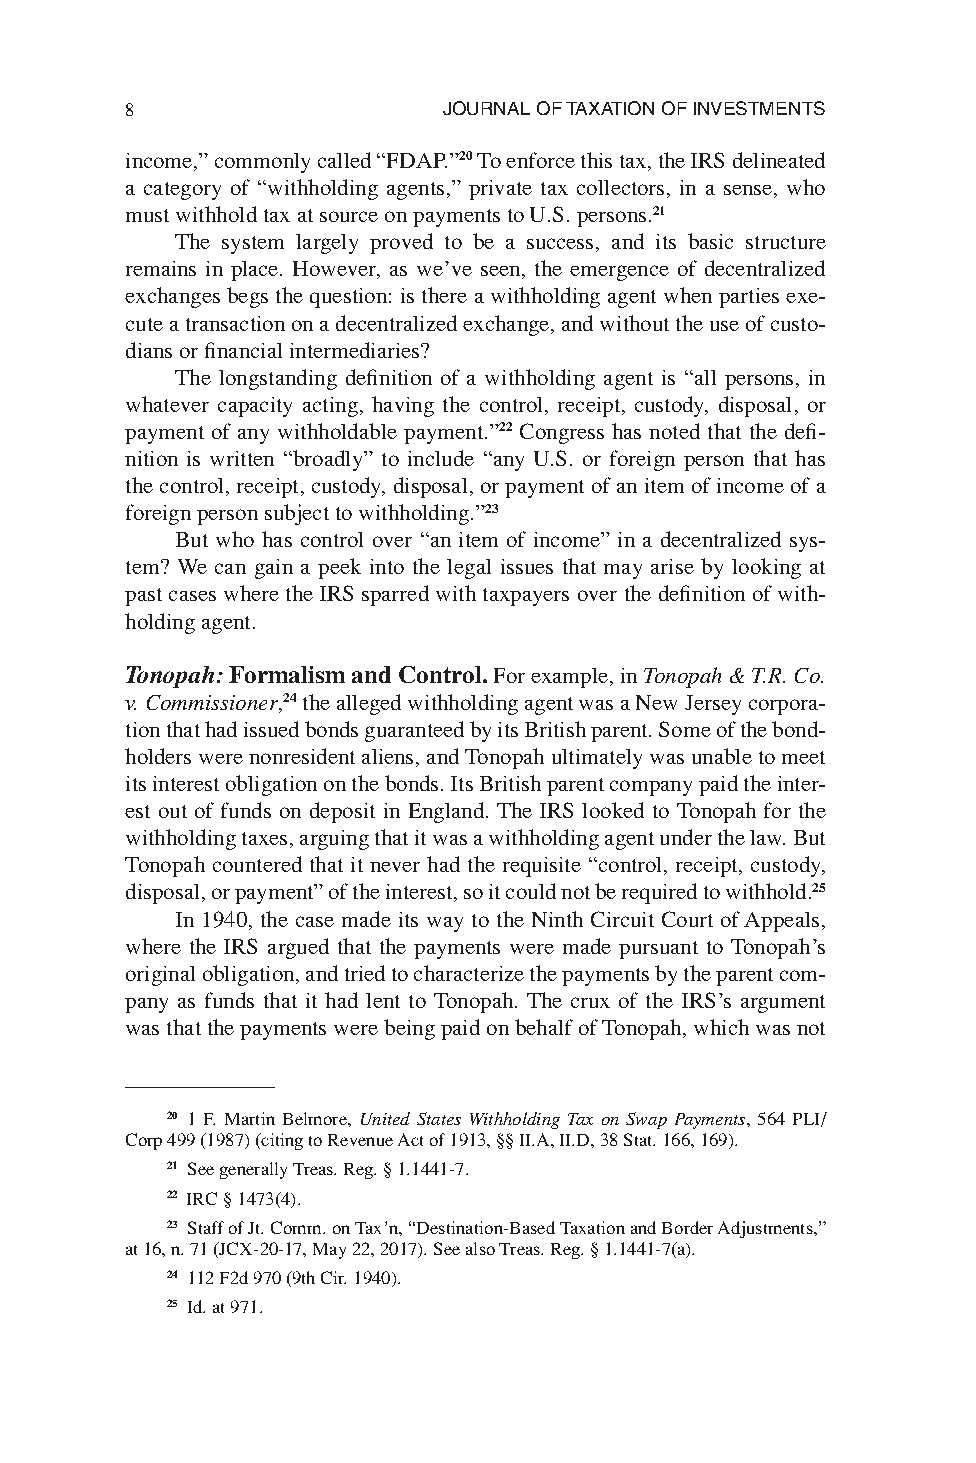
8                    JOURNAL OF TAXATION OF INVESTMENTS
 income,” commonly called “FDAP.”20 To enforce this tax, the IRS delineated
 a category of “withholding agents,” private tax collectors, in a sense, who
 must withhold tax at source on payments to U.S. persons.21
 The system largely proved to be a success, and its basic structure
 remains in place. However, as we’ve seen, the emergence of decentralized
 exchanges begs the question: is there a withholding agent when parties exe-
 cute a transaction on a decentralized exchange, and without the use of custo-
 dians or fi nancial intermediaries?
 The longstanding defi nition of a withholding agent is “all persons, in
 whatever capacity acting, having the control, receipt, custody, disposal, or
 payment of any withholdable payment.”22 Congress has noted that the defi -
 nition is written “broadly” to include “any U.S. or foreign person that has
 the control, receipt, custody, disposal, or payment of an item of income of a
 foreign person subject to withholding.”23
 But who has control over “an item of income” in a decentralized sys-
 tem? We can gain a peek into the legal issues that may arise by looking at
 past cases where the IRS sparred with taxpayers over the defi nition of with-
 holding agent.
 Tonopah: Formalism and Control. For example, in Tonopah & T.R. Co.
 v. Commissioner,24 the alleged withholding agent was a New Jersey corpora-
 tion that had issued bonds guaranteed by its British parent. Some of the bond-
 holders were nonresident aliens, and Tonopah ultimately was unable to meet
 its interest obligation on the bonds. Its British parent company paid the inter-
 est out of funds on deposit in England. The IRS looked to Tonopah for the
 withholding taxes, arguing that it was a withholding agent under the law. But
 Tonopah countered that it never had the requisite “control, receipt, custody,
 disposal, or payment” of the interest, so it could not be required to withhold.25
 In 1940, the case made its way to the Ninth Circuit Court of Appeals,
 where the IRS argued that the payments were made pursuant to Tonopah’s
 original obligation, and tried to characterize the payments by the parent com-
 pany as funds that it had lent to Tonopah. The crux of the IRS’s argument
 was that the payments were being paid on behalf of Tonopah, which was not
 20 1 F. Martin Belmore, United States Withholding Tax on Swap Payments, 564 PLI/
 Corp 499 (1987) (citing to Revenue Act of 1913, §§ II.A, II.D, 38 Stat. 166, 169).
 21 See generally Treas. Reg. § 1.1441-7.
 22 IRC § 1473(4).
 23 Staff of Jt. Comm. on Tax’n, “Destination-Based Taxation and Border Adjustments,”
 at 16, n. 71 (JCX-20-17, May 22, 2017). See also Treas. Reg. § 1.1441-7(a).
 24 112 F2d 970 (9th Cir. 1940).
 25 Id. at 971.